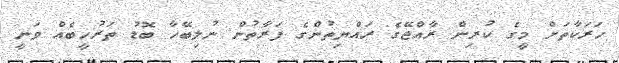
ހަރަކާތަށް މީގެ ކުރިން ރާއްޖޭގެ ރައްޔިތުންގެ ފަރާތުން ނުލިބޭހާ ބޮޑު ތަރުހީބެއް ވަނީ